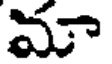
మా